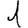
Digit: 1